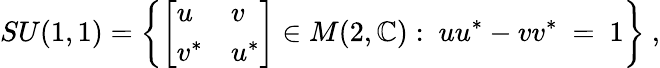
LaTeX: SU(1,1)=\left\{ {\left[\begin{array}{ll}{u}&{v}\\ {v^{*}}&{u^{*}}\end{array}\right]}\in M(2,\mathbb{C}):\ uu^{*}-vv^{*}\ =\ 1\right\} ~,